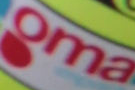
oma